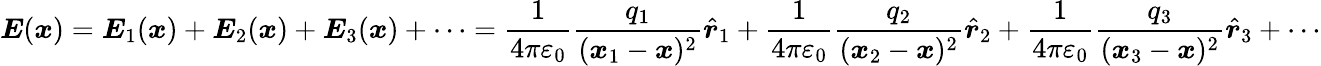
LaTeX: {\boldsymbol{E}}({\boldsymbol{x}})={\boldsymbol{E}}_{1}({\boldsymbol{x}})+{\boldsymbol{E}}_{2}({\boldsymbol{x}})+{\boldsymbol{E}}_{3}({\boldsymbol{x}})+\cdots={\frac{1}{4\pi\varepsilon_{0}}}{\frac{q_{1}}{({\boldsymbol{x}}_{1}-{\boldsymbol{x}})^{2}}}{\hat{\boldsymbol{r}}}_{1}+{\frac{1}{4\pi\varepsilon_{0}}}{\frac{q_{2}}{({\boldsymbol{x}}_{2}-{\boldsymbol{x}})^{2}}}{\hat{\boldsymbol{r}}}_{2}+{\frac{1}{4\pi\varepsilon_{0}}}{\frac{q_{3}}{({\boldsymbol{x}}_{3}-{\boldsymbol{x}})^{2}}}{\hat{\boldsymbol{r}}}_{3}+\cdots